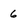
Character: 6